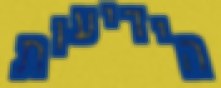
הידיעות